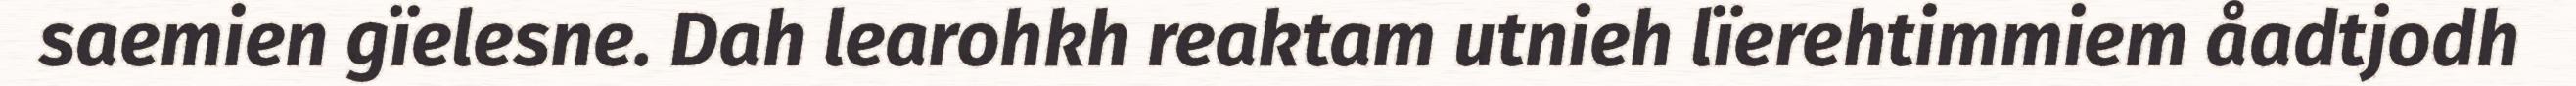
saemien gïelesne. Dah learohkh reaktam utnieh lïerehtimmiem åadtjodh